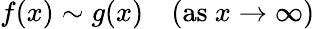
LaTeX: f(x)\sim g(x)\quad({\mathrm{as~}}x\to\infty)